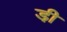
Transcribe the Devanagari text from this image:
डी़